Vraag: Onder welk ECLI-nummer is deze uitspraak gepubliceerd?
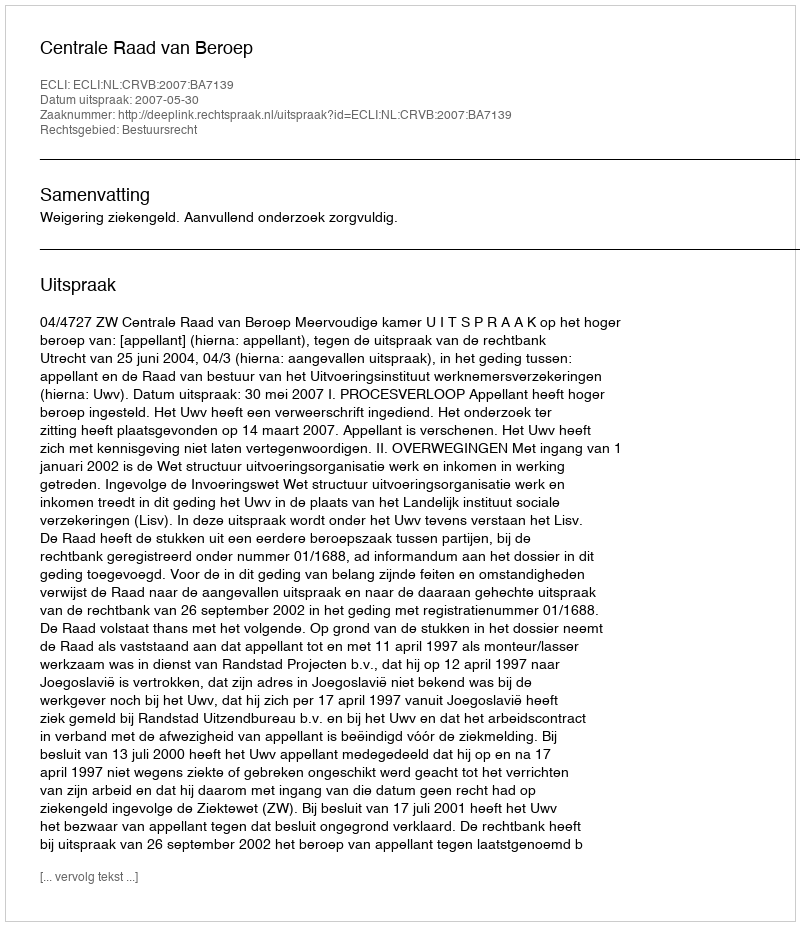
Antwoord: ECLI:NL:CRVB:2007:BA7139